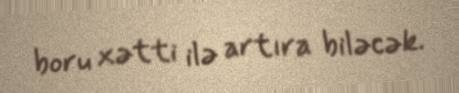
boru xətti ilə artıra biləcək.